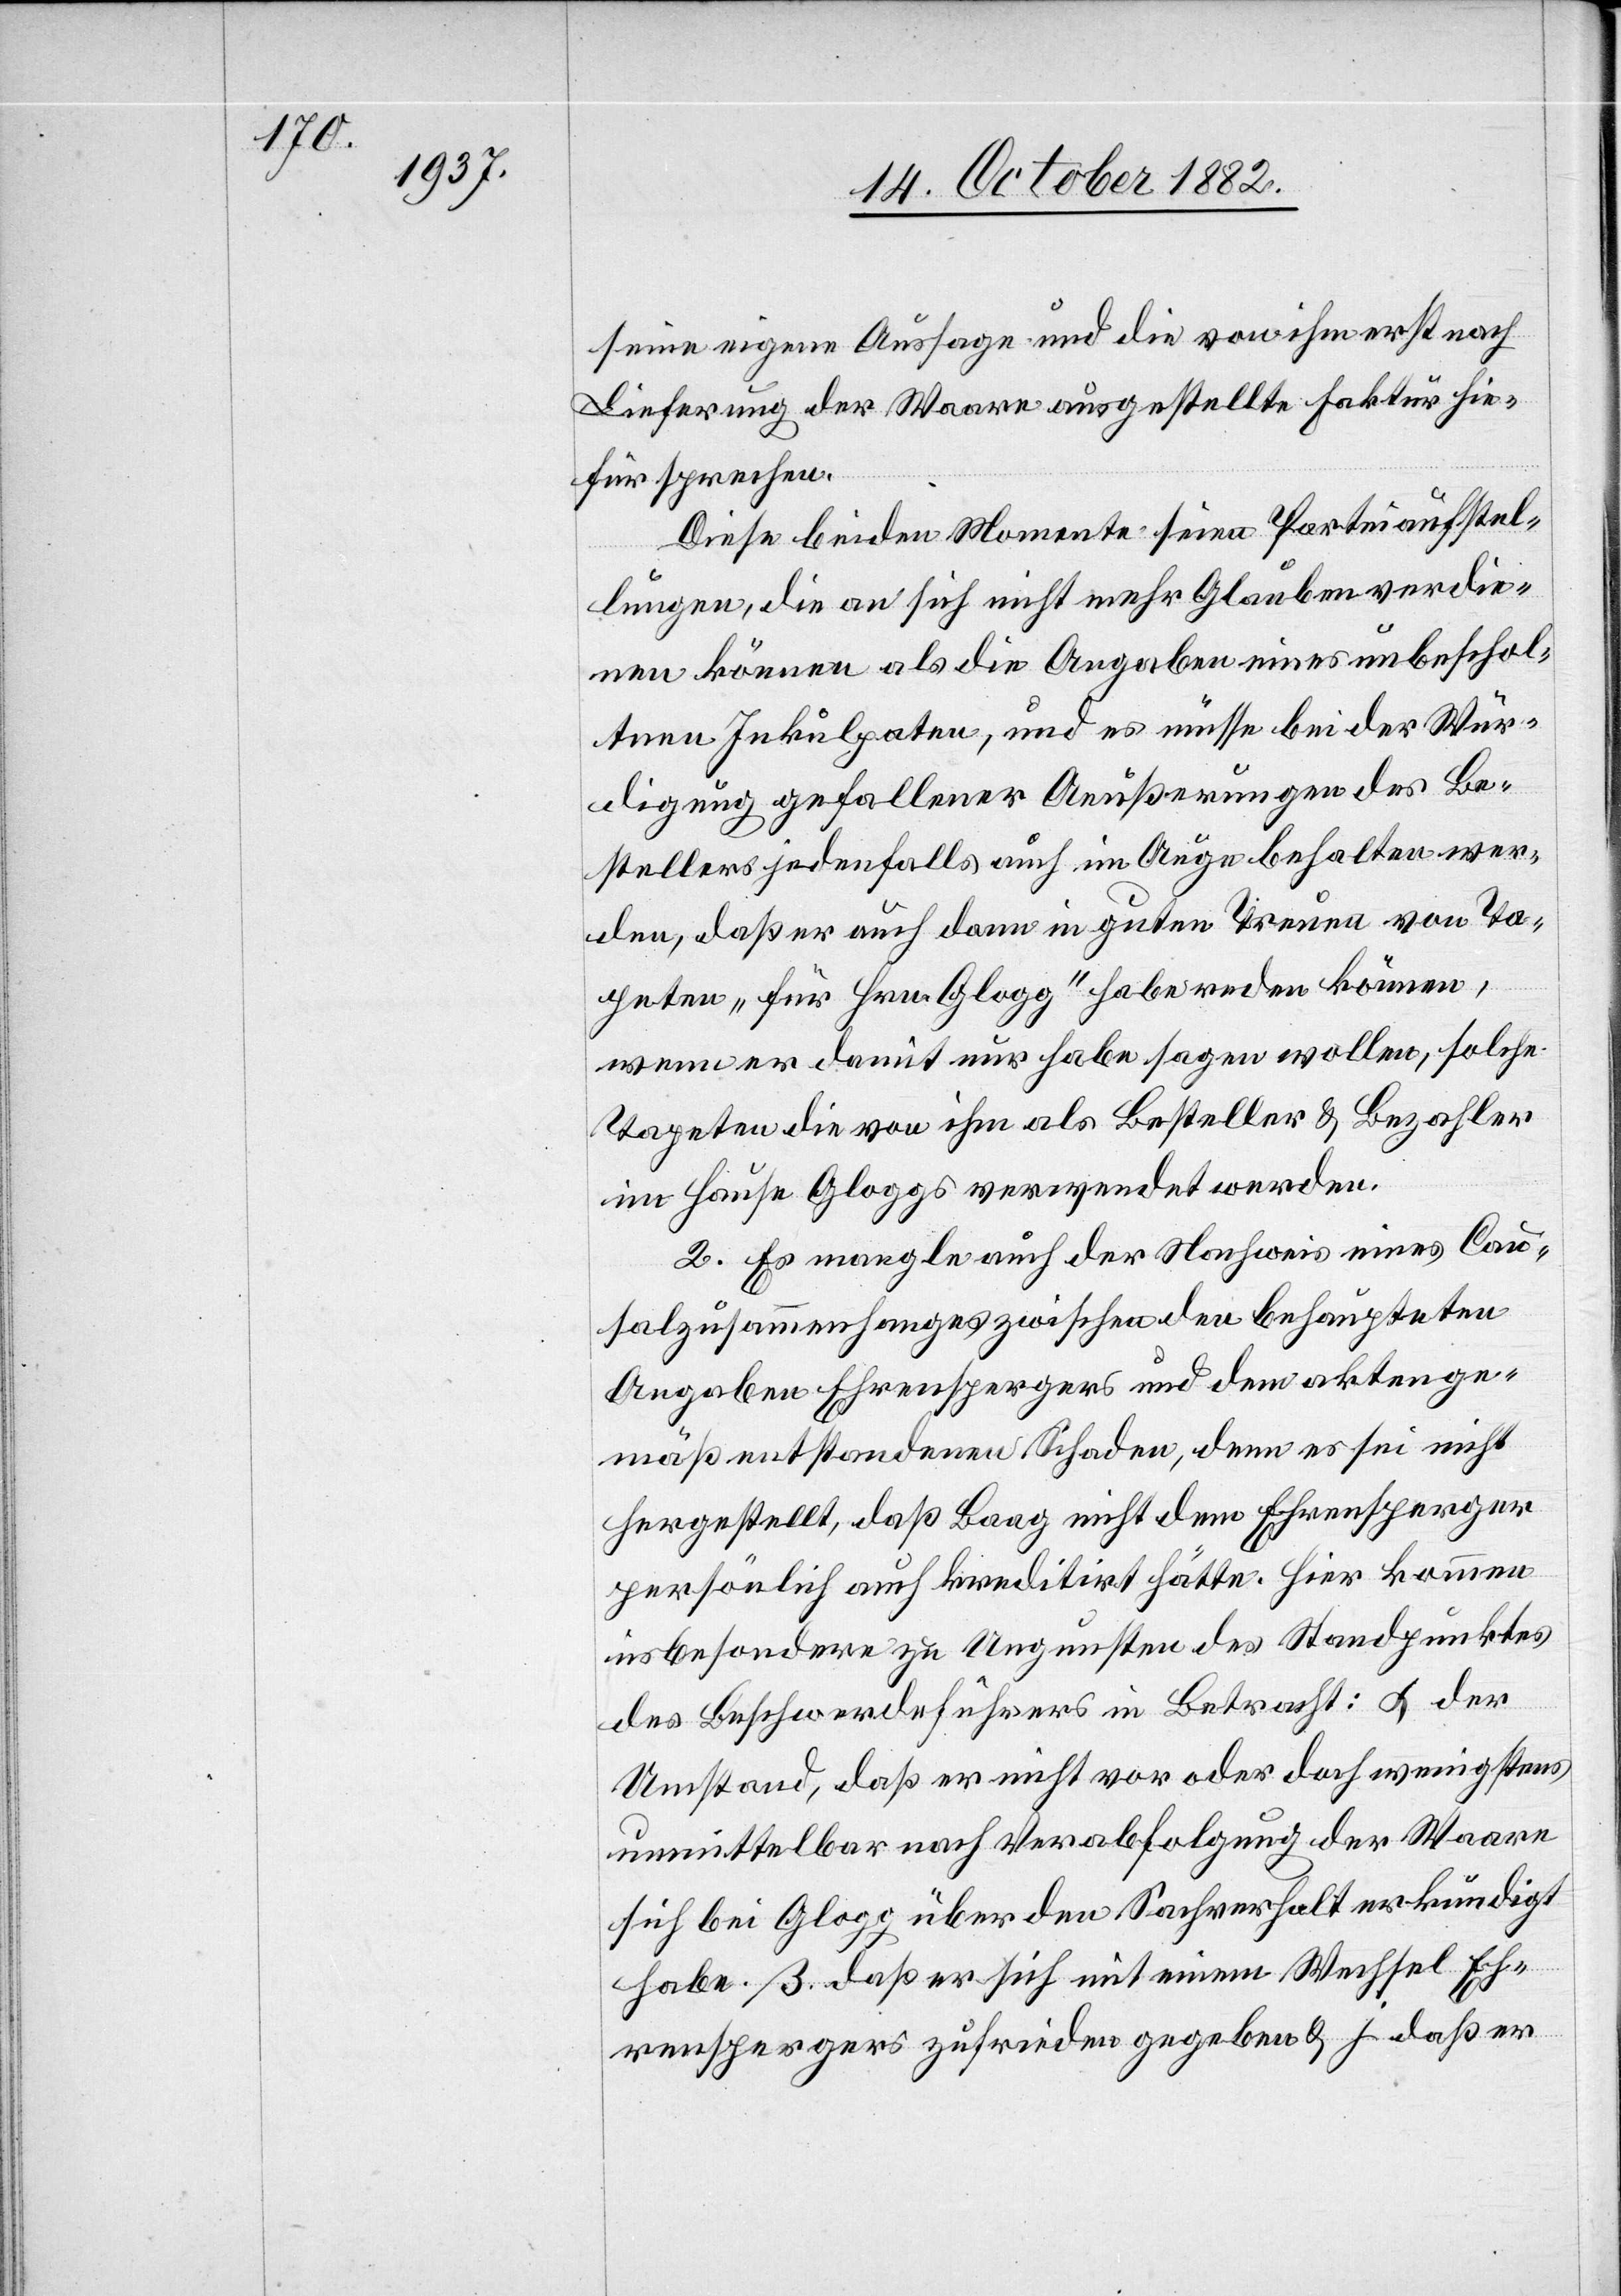
seine eigene Aussage und die von ihm erst nach
Lieferung der Waare ausgestellte Faktur hie¬
für sprechen.
Diese beiden Momente seien Parteiaufstel¬
lungen, die an sich nicht mehr Glauben verdie¬
nen können als die Angaben eines unbeschol¬
tenen Inkulpaten, und es müsse bei der Wür¬
digung gefallener Aeußerungen des Be¬
stellers jedenfalls auch im Auge behalten wer¬
den, daß er auch dann in gutem Trauen von Ta¬
peten „für Hrn. Glogg“ habe reden können,
wenn er damit nur habe sagen wollen, solche
Tapeten die von ihm als Besteller & Bezahler
im Hause Gloggs verwendet werden.
2. Es mangle auch der Nachweis eines Cau¬
salzusammenhanges zwischen den behaupteten
Angaben Ehrenspergers und dem aktenge¬
mäß entstandenen Schaden, denn es sei nicht
hergestellt, daß Baag nicht dem Ehrensperger
persönlich auch kreditirt hätte. Hier kommen
insbesondere zu Ungunsten des Standpunktes
des Beschwerdeführers in Betracht: α. der
Umstand, daß er nicht vor oder doch wenigstens
unmittelbar nach Verabfolgung der Waare
sich bei Glogg über den Sachverhalt erkundigt
habe. β. daß er sich mit einem Wechsel Eh¬
renspergers zufrieden gegeben & γ. daß er